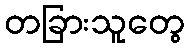
တခြားသူတွေ